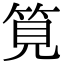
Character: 筧